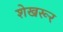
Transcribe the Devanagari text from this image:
शेखरूर